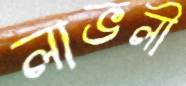
লাভলী